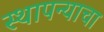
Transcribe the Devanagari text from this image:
स्थापन्याचा